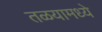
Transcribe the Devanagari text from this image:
तळयामध्ये